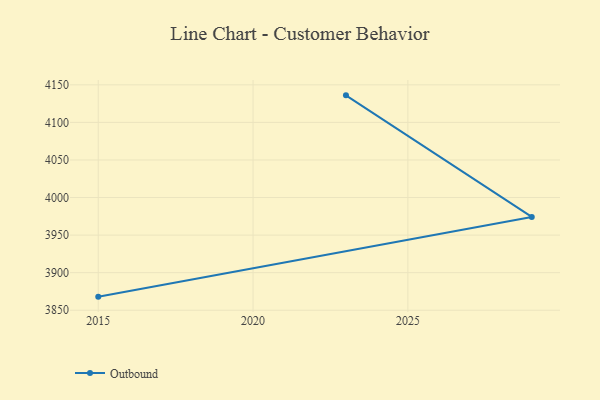
{"axis": {"x": "Year", "y": "Revenue (USD Million)"}, "legend": ["Outbound"], "data": [{"x": "2015", "y": 3868.1, "type": "Outbound"}, {"x": "2029", "y": 3974.2, "type": "Outbound"}, {"x": "2023", "y": 4136.0, "type": "Outbound"}]}